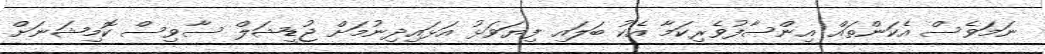
ނަމަވެސް އެކަންތައް އިންސާފުވެރިކަމާ އެކު ބަލައި ފިޔަވަޅު އަޅައިދިނުމަށް ޖުޑީޝަލް ސާވިސް ކޮމިޝަނަށް